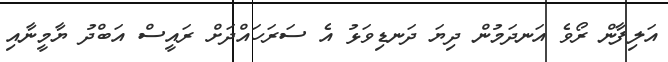
އަލިފާން ރޯވެ އަނދަމުން ދިޔަ ދަނޑިވަޅު އެ ސަރަހައްދަށް ރައީސް އަބްދު ޔާމީނާއި